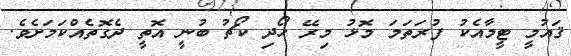
ޤައުމީ ޓީމާއެކު ފުރަތަމަ މޮޅު މިރޭ ހޯދި ކޯޗު ބުނީ އޮތީ ދެގޮތެއްކަމަށެވެ.